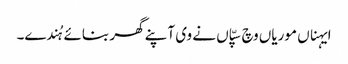
ایہناں موریاں وچ سپّاں نے وی آپنے گھر بنائے ہُندے۔